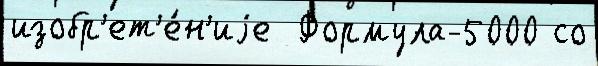
изобр'ет'е́н'иjе  Формула-5000 со